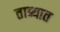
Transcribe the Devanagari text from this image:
ताब्‍यात